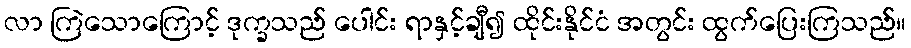
လာ ကြဲသောကြောင့် ဒုက္ခသည် ပေါင်း ရာနှင့်ချီ၍ ထိုင်းနိုင်ငံ အတွင်း ထွက်ပြေးကြသည်။